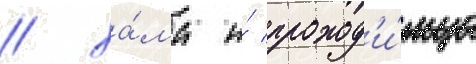
/ ха́ма и́ проход'и́мца